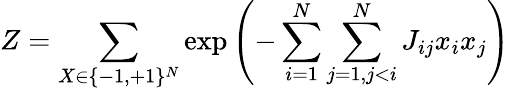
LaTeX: Z=\sum_{X\in\{ -1,+1\} ^{N}}\exp\left(-\sum_{i=1}^{N}\sum_{j=1,j<i}^{N}J_{ij}x_{i}x_{j}\right)